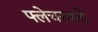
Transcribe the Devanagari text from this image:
फ्लेचरकडे